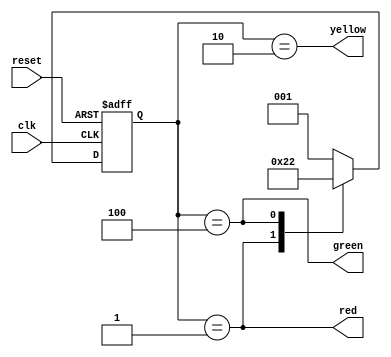
module traffic_light_controller (
    input clk, reset,
    output reg red, yellow, green
);

    // State encoding
    parameter RED = 3'b001, YELLOW = 3'b010, GREEN = 3'b100;
    reg [2:0] state;

    // State transition logic
    always @(posedge clk or posedge reset) begin
        if (reset)
            state <= RED;
        else begin
            case (state)
                RED:    state <= GREEN;
                GREEN:  state <= YELLOW;
                YELLOW: state <= RED;
                default: state <= RED;
            endcase
        end
    end

    // Output logic
    always @(*) begin
        red = (state == RED);
        yellow = (state == YELLOW);
        green = (state == GREEN);
    end

endmodule